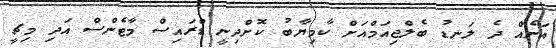
އަނެއް ދެ ލަނޑު ބެލްޖިއަމްއަށް ކާމިޔާބު ކޮށްދިނީ ޑްރައިސް މާޓެންސް އަދި މިޗީ